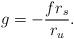
LaTeX: \begin{align*}g=-\frac{fr_s}{r_u}.\end{align*}